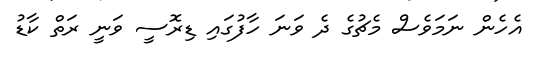
އެހެން ނަމަވެސް މެޗުގެ ދެ ވަނަ ހާފުގައި ޑިރޮސީ ވަނީ ރަތް ކާޑު